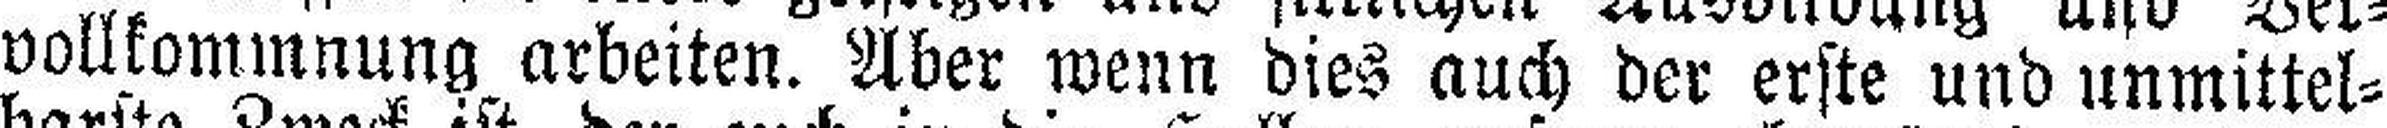
vollkommnung arbeiten. Aber wenn dies auch der erste und unmittel¬